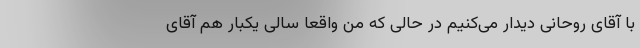
با آقای روحانی دیدار می‌کنیم در حالی که من واقعا سالی یکبار هم آقای